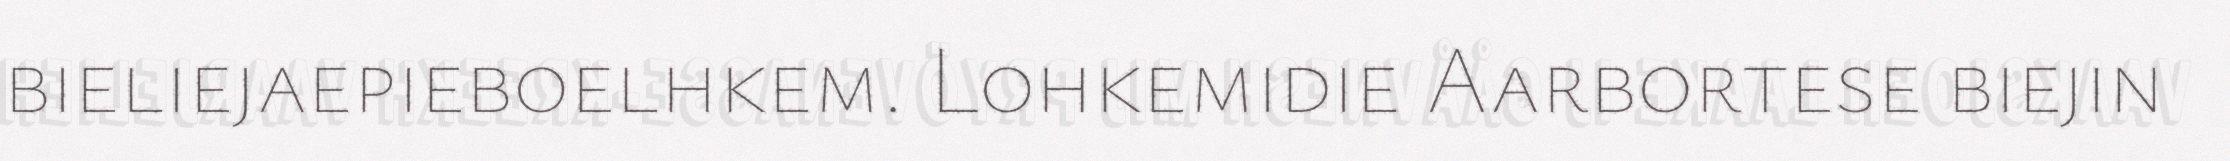
bieliejaepieboelhkem. Lohkemidie Aarbortese biejin